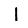
Digit: 1